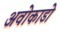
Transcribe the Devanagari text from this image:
अवोकाडो